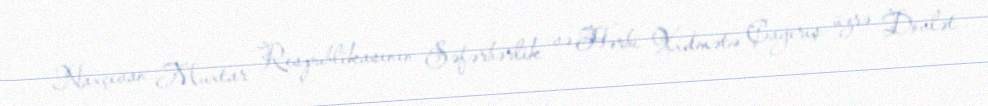
Naxçıvan Muxtar Respublikasının Səfərbərlik və Hərbi Xidmətə Çağırış üzrə Dövlət